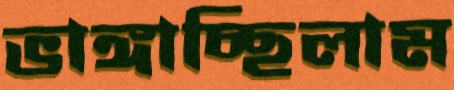
ভাঙ্গাচ্ছিলাম